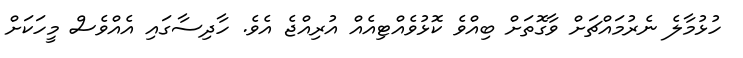
ހުޅުމާލެ ނެރުމައްޗަށް ވާގޮތަށް ބިއްވެ ކޮޅުވެއްޓިއެއް އުރިއްޖެ އެވެ. ހާދިސާގައި އެއްވެސް މީހަކަށް